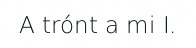
A trónt a mi I.